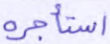
استأجره